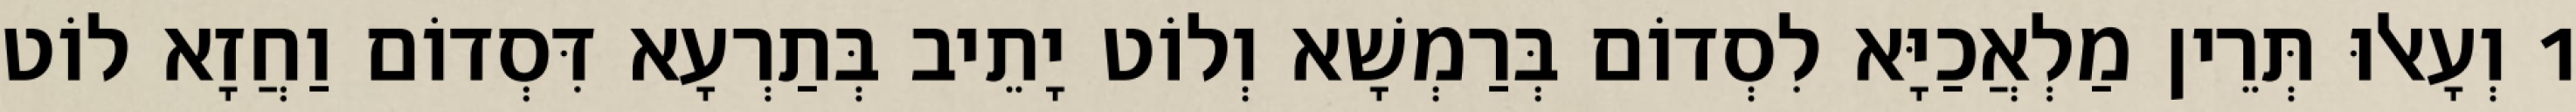
1 וְעָאלוּ תְּרֵין מַלְאֲכַיָּא לִסְדוֹם בְּרַמְשָׁא וְלוֹט יָתֵיב בְּתַרְעָא דִּסְדוֹם וַחֲזָא לוֹט